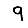
Digit: 9